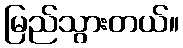
မြည်သွားတယ်။